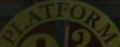
PLATFORM